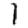
Digit: 1